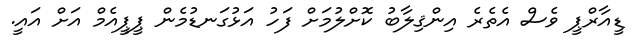
ޑީއާރްޕީ ވެސް އެތެރެ އިންޤިލާބު ކޮށްލުމަށް ފަހު އަޅުގަނޑުމެން ޕީޕީއެމް އަށް އައީ.